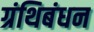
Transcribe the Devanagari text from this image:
ग्रंथिबंधन